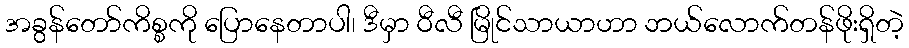
အခွန်တော်ကိစ္စကို ပြောနေတာပါ၊ ဒီမှာ ဝီလီ မြိုင်သာယာဟာ ဘယ်လောက်တန်ဖိုးရှိတဲ့